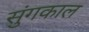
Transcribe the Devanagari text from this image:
सुंगकाल